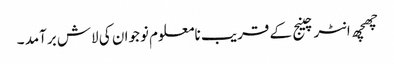
چھچھ انٹرچینج کے قریب نامعلوم نوجوان کی لاش برآمد ۔